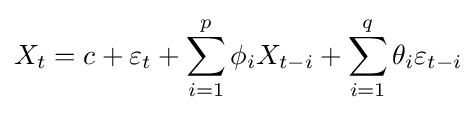
X_{t}=c+\varepsilon _{t}+\sum _{i=1}^{p}\phi _{i}X_{t-i}+\sum _{i=1}^{q}\theta _{i}\varepsilon _{t-i}